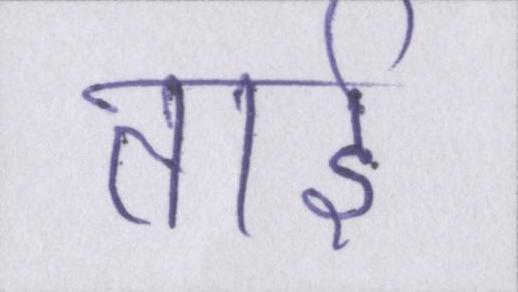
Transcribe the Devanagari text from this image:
ताई